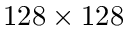
1 2 8 \times 1 2 8